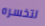
لتخسره